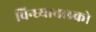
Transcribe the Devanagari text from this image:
विन्ध्याचलको